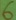
Text: 6